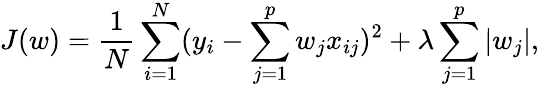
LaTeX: J(w)=\frac{1}{N}\sum_{i=1}^{N}(y_{i}-\sum_{j=1}^{p}w_{j}x_{ij})^{2}+\lambda\sum_{j=1}^{p}|w_{j}|,